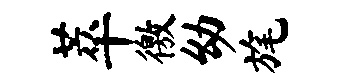
萃徼幼旄